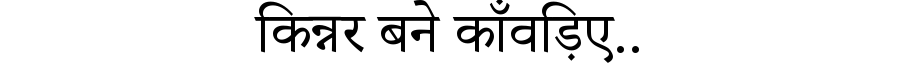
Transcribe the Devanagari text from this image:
किन्नर बने काँवड़िए..